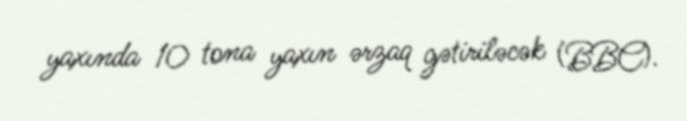
yaxında 10 tona yaxın ərzaq gətiriləcək (BBC).